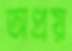
অপ্রয়